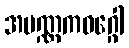
အပဏ္ဏကဝဂ္ဂေါ